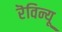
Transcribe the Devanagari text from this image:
रॆविन्यू